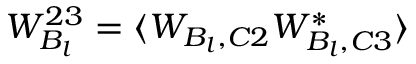
W _ { B _ { l } } ^ { 2 3 } = \langle W _ { B _ { l } , C 2 } W _ { B _ { l } , C 3 } ^ { * } \rangle